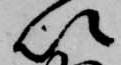
以